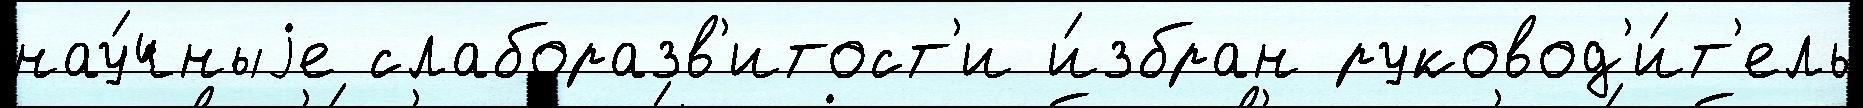
нау́чныjе слаборазв'итост'и и́збран руковод'и́т'ель